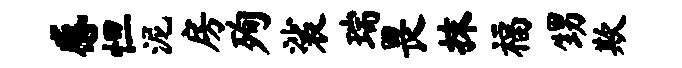
感怛泥房殉裟瑞畏抹福甥欺